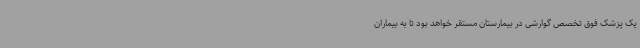
یک پزشک فوق تخصص گوارشی در بیمارستان مستقر خواهد بود تا به بیماران